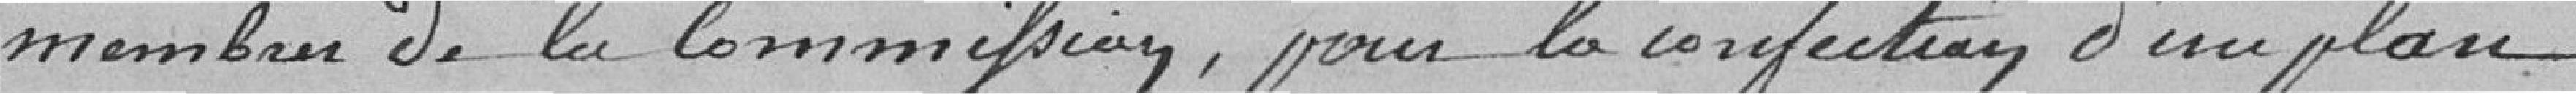
membre de la Commission, pour la confection d'un plan